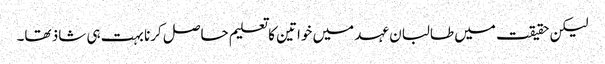
لیکن حقیقت میں طالبان عہد میں خواتین کا تعلیم حاصل کرنا بہت ہی شاذ تھا۔